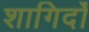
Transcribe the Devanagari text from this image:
शागिर्दों